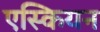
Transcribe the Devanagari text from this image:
एस्कियन